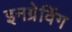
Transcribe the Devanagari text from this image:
इनग्रेविंग